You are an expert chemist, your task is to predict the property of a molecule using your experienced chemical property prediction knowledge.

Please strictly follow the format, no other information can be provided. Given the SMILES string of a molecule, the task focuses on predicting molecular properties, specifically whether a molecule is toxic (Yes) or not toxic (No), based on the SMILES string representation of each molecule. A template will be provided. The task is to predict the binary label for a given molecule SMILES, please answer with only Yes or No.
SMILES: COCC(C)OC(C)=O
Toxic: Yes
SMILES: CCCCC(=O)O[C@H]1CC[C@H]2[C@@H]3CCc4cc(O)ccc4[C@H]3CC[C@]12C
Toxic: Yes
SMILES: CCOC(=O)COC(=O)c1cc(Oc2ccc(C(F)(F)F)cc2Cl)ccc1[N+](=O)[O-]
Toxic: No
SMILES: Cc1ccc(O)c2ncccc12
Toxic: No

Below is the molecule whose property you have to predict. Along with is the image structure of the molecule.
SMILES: CN1C(=O)C(O)N=C(c2ccccc2)c2cc(Cl)ccc21
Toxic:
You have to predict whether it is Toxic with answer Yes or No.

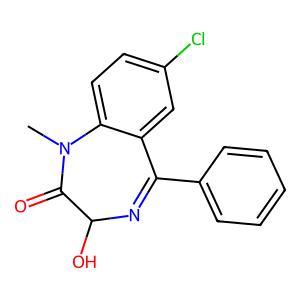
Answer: No